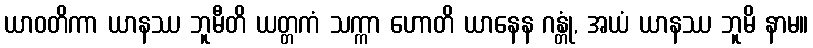
ယာဝတိကာ ယာနဿ ဘူမီတိ ယတ္တကံ သက္ကာ ဟောတိ ယာနေန ဂန္တုံ, အယံ ယာနဿ ဘူမိ နာမ။